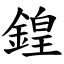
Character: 鍠